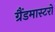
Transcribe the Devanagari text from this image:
ग्रैंडमास्टरों